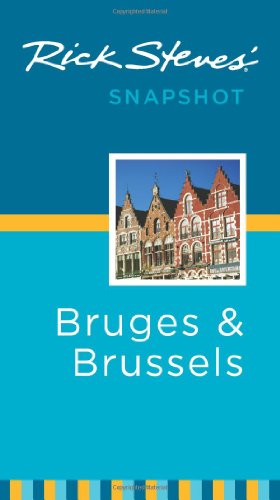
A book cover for Rick Steves' Snapshot Bruges & Brussels; Rick Steves; Travel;